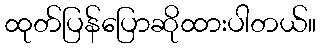
ထုတ်ပြန်ပြောဆိုထားပါတယ်။